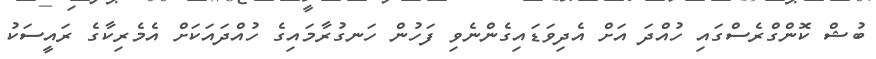
ބުޝް ކޮންގްރެސްގައި ހުއްދަ އަށް އެދިވަޑައިގެންނެވި ފަހުން ހަނގުރާމަައިގެ ހުއްދައަކަށް އެމެރިކާގެ ރައީސަކު